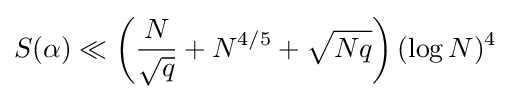
S(\alpha )\ll \left({\frac {N}{\sqrt {q}}}+N^{4/5}+{\sqrt {Nq}}\right)(\log N)^{4}